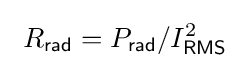
\ R_{\mathsf {rad}}=P_{\mathsf {rad}}/I_{\mathsf {RMS}}^{2}~